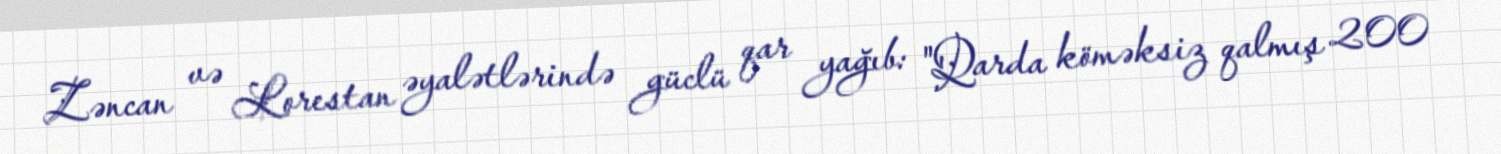
Zəncan və Lorestan əyalətlərində güclü qar yağıb: "Qarda köməksiz qalmış 200